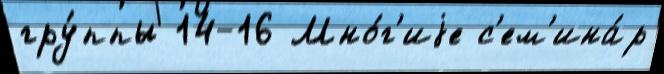
гру́ппы 14-16 Мно́г'иjе с'ем'ина́р